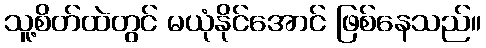
သူ့စိတ်ထဲတွင် မယုံနိုင်အောင် ဖြစ်နေသည်။